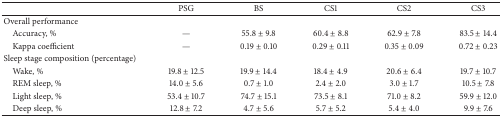
<table><thead><tr><td><b> </b></td><td><b>PSG</b></td><td><b>BS</b></td><td><b>CS1</b></td><td><b>CS2</b></td><td><b>CS3</b></td></tr></thead><tbody><tr><td>Overall performance</td><td> </td><td> </td><td> </td><td> </td><td> </td></tr><tr><td> Accuracy, %</td><td>—</td><td>55.8 ± 9.8</td><td>60.4 ± 8.8</td><td>62.9 ± 7.8</td><td>83.5 ± 14.4</td></tr><tr><td> Kappa coefficient</td><td>—</td><td>0.19 ± 0.10</td><td>0.29 ± 0.11</td><td>0.35 ± 0.09</td><td>0.72 ± 0.23</td></tr><tr><td>Sleep stage composition (percentage)</td><td> </td><td> </td><td> </td><td> </td><td> </td></tr><tr><td> Wake, %</td><td>19.8 ± 12.5</td><td>19.9 ± 14.4</td><td>18.4 ± 4.9</td><td>20.6 ± 6.4</td><td>19.7 ± 10.7</td></tr><tr><td> REM sleep, %</td><td>14.0 ± 5.6</td><td>0.7 ± 1.0</td><td>2.4 ± 2.0</td><td>3.0 ± 1.7</td><td>10.5 ± 7.8</td></tr><tr><td> Light sleep, %</td><td>53.4 ± 10.7</td><td>74.7 ± 15.1</td><td>73.5 ± 8.1</td><td>71.0 ± 8.2</td><td>59.9 ± 12.0</td></tr><tr><td> Deep sleep, %</td><td>12.8 ± 7.2</td><td>4.7 ± 5.6</td><td>5.7 ± 5.2</td><td>5.4 ± 4.0</td><td>9.9 ± 7.6</td></tr></tbody></table>